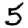
Digit: 5